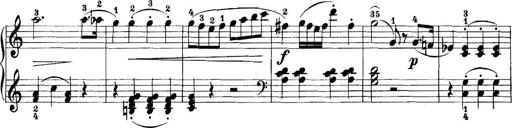
Title: 11 Sonatinas
Composer: Anton Diabelli